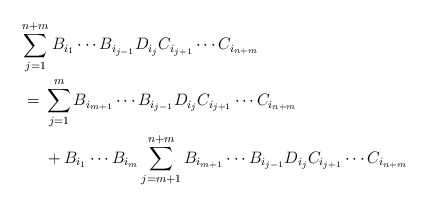
\begin{align*}{\lefteqn{\sum_{j=1}^{n+m} B_{i_1}\cdots B_{i_{j-1}} D_{i_j}C_{i_{j+1}}\cdots C_{i_{n+m}}}}&\\&=\begin{aligned}[t]&\sum_{j=1}^{m} B_{i_{m+1}}\cdots B_{i_{j-1}} D_{i_j}C_{i_{j+1}}\cdots C_{i_{n+m}}\\&+ B_{i_1}\cdots B_{i_m} \sum_{j=m+1}^{n+m} B_{i_{m+1}}\cdots B_{i_{j-1}} D_{i_j}C_{i_{j+1}}\cdots C_{i_{n+m}}\end{aligned}\end{align*}